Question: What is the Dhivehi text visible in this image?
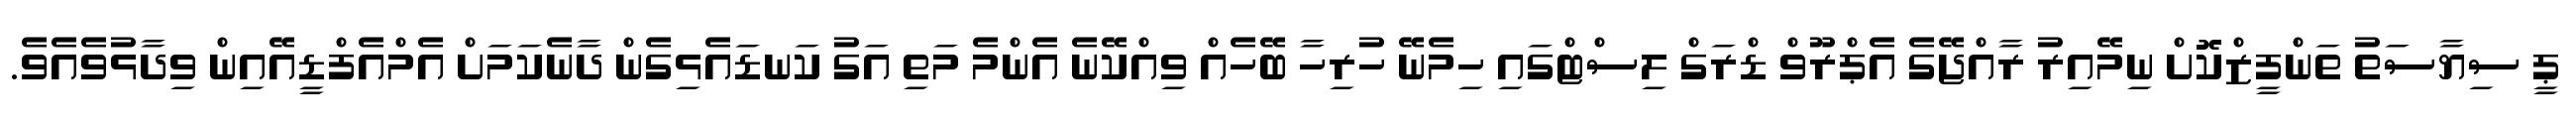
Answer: ޕީ ސިޔާސަތު ތަންފީޒްކޮށް ނިމޭއިރު ރާއްޖޭގެ އެޕްރޫވް ޑްރަގް ލިސްޓްގައި ހިމެނޭ ހުރިހާ ބޭހެއް ވިއްކޭނެ އެންމެ މަތި އަގު ކަނޑައެޅިގެން ދާނެކަމަށް އެމްއެފްޑީއޭއިން ވިދާޅުވެއެވެ.